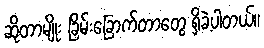
ဆိုတာမျိုး ခြိမ်းခြောက်တာတွေ ရှိခဲ့ပါတယ်။